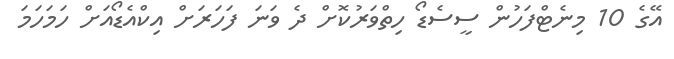
އޭގެ 10 މިނެޓްފަހުން ސީސެޑޯ ހިތްވަރުކޮށް ދެ ވަނަ ފަހަރަށް އިކްއެޑޯއަށް ހަމަހަމަ